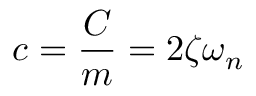
c = \frac { C } { m } = 2 \zeta \omega _ { n }